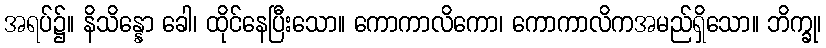
အရပ်၌။ နိသိန္နော ခေါ၊ ထိုင်နေပြီးသော။ ကောကာလိကော၊ ကောကာလိကအမည်ရှိသော။ ဘိက္ခု၊